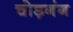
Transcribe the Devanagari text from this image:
चोड़गंग